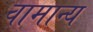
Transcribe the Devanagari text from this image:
वामान्य